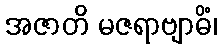
အဇာတိ မဇရာဗျာဓိံ၊